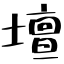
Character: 壇